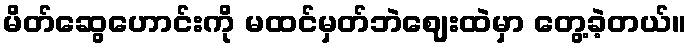
မိတ်ဆွေဟောင်းကို မထင်မှတ်ဘဲဈေးထဲမှာ တွေ့ခဲ့တယ်။